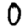
Digit: 0